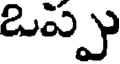
ఒప్పు